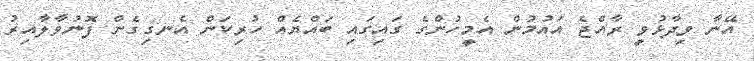
އޭނާ ވިދާޅުވީ ރާއްޖެ އައުމުން އެމީހުންގެ ގައިގައި ބައްޔެއް ހުރިކަން އެނގިގެން ފޮނުވާލާއިރު